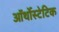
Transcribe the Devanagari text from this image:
ऑर्थोस्टेटिक